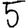
Digit: 5